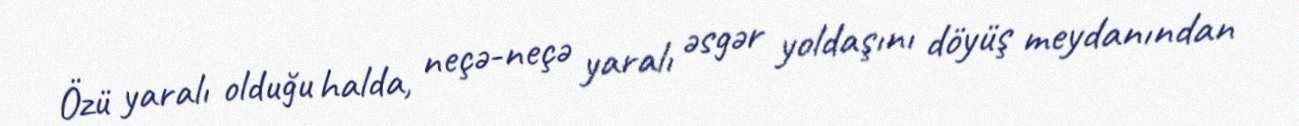
Özü yaralı olduğu halda, neçə-neçə yaralı əsgər yoldaşını döyüş meydanından